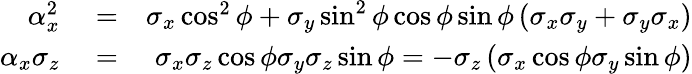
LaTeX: \begin{array}{rlr}{\alpha_{x}^{2}}&{{}=}&{\sigma_{x}\cos^{2}\phi+\sigma_{y}\sin^{2}\phi\cos\phi\sin\phi\left(\sigma_{x}\sigma_{y}+\sigma_{y}\sigma_{x}\right)}\\ {\alpha_{x}\sigma_{z}}&{{}=}&{\sigma_{x}\sigma_{z}\cos\phi\sigma_{y}\sigma_{z}\sin\phi=-\sigma_{z}\left(\sigma_{x}\cos\phi\sigma_{y}\sin\phi\right)}\end{array}